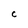
Character: C